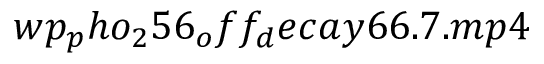
w p _ { p } h o _ { 2 } 5 6 _ { o } f f _ { d } e c a y 6 6 . 7 . m p 4